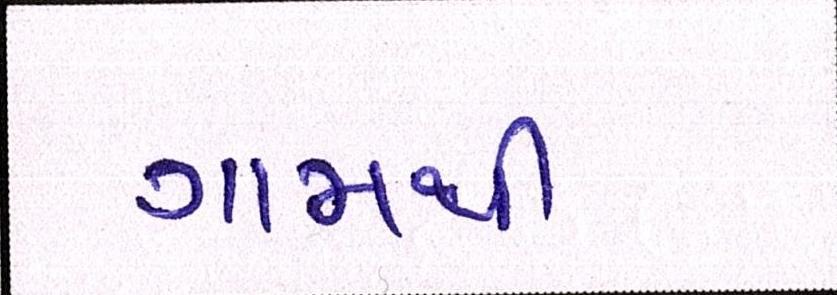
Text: ગામથી